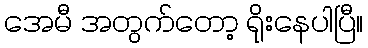
အေမီ အတွက်တော့ ရိုးနေပါပြီ။